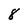
Character: 8